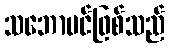
သဘောပင်ဖြစ်သည်